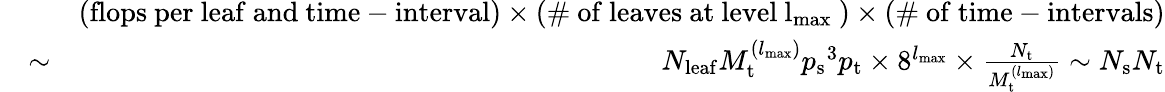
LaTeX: \begin{array}{rlr}&{}&{(\mathrm{flops~per~leaf~and~time-interval})\times(\mathrm{\# ~of~leaves~at~level~{l_{{\mathrm{max}}}}~})\times(\mathrm{\# ~of~time-intervals})}\\ &{\sim}&{N_{{\mathrm{leaf}}}M_{\mathrm{t}}^{({l_{{\mathrm{max}}}})}{p_{\mathrm{s}}}^{3}{p_{\mathrm{t}}}\times 8^{{l_{{\mathrm{max}}}}}\times\frac{N_{\mathrm{t}}}{M_{\mathrm{t}}^{({l_{{\mathrm{max}}}})}}\sim N_{\mathrm{s}}N_{\mathrm{t}}}\end{array}